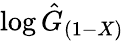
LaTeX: \log{\hat{G}}_{(1-X)}